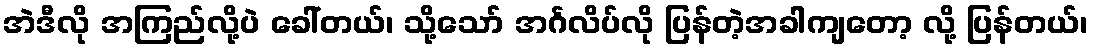
အဲဒီလို အကြည်လို့ပဲ ခေါ်တယ်၊ သို့သော် အင်္ဂလိပ်လို ပြန်တဲ့အခါကျတော့ လို့ ပြန်တယ်၊